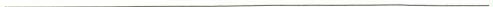
___